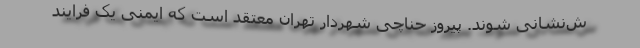
ش‌نشانی شوند. پیروز حناچی شهردار تهران معتقد است که ایمنی یک فرایند